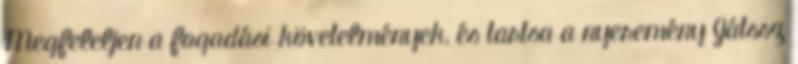
Megfeleljen a fogadási követelmények, és tartsa a nyeremény Játssz